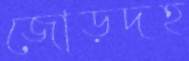
জোড়দহ